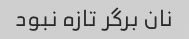
نان برگر تازه نبود